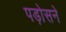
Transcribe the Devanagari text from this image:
पड़ोसने